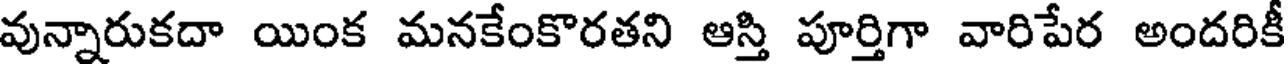
వున్నారుకదా యింక మనకేంకొరతని ఆస్తి పూర్తిగా వారిపేర అందరికీ